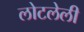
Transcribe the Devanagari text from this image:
लोटलेली